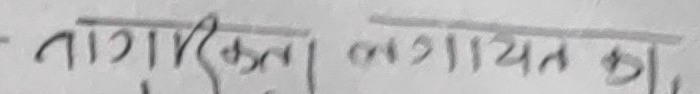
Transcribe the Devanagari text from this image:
नागरिकता लब्धायत